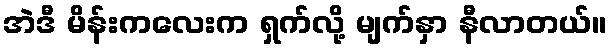
အဲဒီ မိန်းကလေးက ရှက်လို့ မျက်နှာ နီလာတယ်။